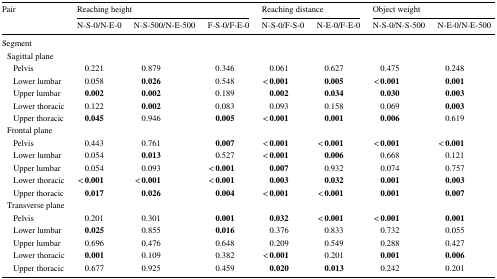
<table><thead><tr><td rowspan="2"><b>Pair</b></td><td colspan="3"><b>Reaching height</b></td><td colspan="2"><b>Reaching distance</b></td><td colspan="2"><b>Object weight</b></td></tr><tr><td><b>N-S-0/N-E-0</b></td><td><b>N-S-500/N-E-500</b></td><td><b>F-S-0/F-E-0</b></td><td><b>N-S-0/F-S-0</b></td><td><b>N-E-0/F-E-0</b></td><td><b>N-S-0/N-S-500</b></td><td><b>N-E-0/N-E-500</b></td></tr></thead><tbody><tr><td colspan="8">Segment</td></tr><tr><td colspan="8"> Sagittal plane</td></tr><tr><td>Pelvis</td><td>0.221</td><td>0.879</td><td>0.346</td><td>0.061</td><td>0.627</td><td>0.475</td><td>0.248</td></tr><tr><td>Lower lumbar</td><td>0.058</td><td><b>0.026</b></td><td>0.548</td><td>&lt; <b>0.001</b></td><td><b>0.005</b></td><td>&lt; <b>0.001</b></td><td><b>0.001</b></td></tr><tr><td>Upper lumbar</td><td><b>0.002</b></td><td><b>0.002</b></td><td>0.189</td><td><b>0.002</b></td><td><b>0.034</b></td><td><b>0.030</b></td><td><b>0.003</b></td></tr><tr><td>Lower thoracic</td><td>0.122</td><td><b>0.002</b></td><td>0.083</td><td>0.093</td><td>0.158</td><td>0.069</td><td><b>0.003</b></td></tr><tr><td>Upper thoracic</td><td><b>0.045</b></td><td>0.946</td><td><b>0.005</b></td><td>&lt; <b>0.001</b></td><td><b>0.001</b></td><td><b>0.006</b></td><td>0.619</td></tr><tr><td colspan="8"> Frontal plane</td></tr><tr><td>Pelvis</td><td>0.443</td><td>0.761</td><td><b>0.007</b></td><td>&lt; <b>0.001</b></td><td>&lt; <b>0.001</b></td><td>&lt; <b>0.001</b></td><td>&lt; <b>0.001</b></td></tr><tr><td>Lower lumbar</td><td>0.054</td><td><b>0.013</b></td><td>0.527</td><td>&lt; <b>0.001</b></td><td><b>0.006</b></td><td>0.668</td><td>0.121</td></tr><tr><td>Upper lumbar</td><td>0.054</td><td>0.093</td><td>&lt; <b>0.001</b></td><td><b>0.007</b></td><td>0.932</td><td>0.074</td><td>0.757</td></tr><tr><td>Lower thoracic</td><td>&lt; <b>0.001</b></td><td>&lt; <b>0.001</b></td><td>&lt; <b>0.001</b></td><td><b>0.003</b></td><td><b>0.032</b></td><td><b>0.001</b></td><td><b>0.003</b></td></tr><tr><td>Upper thoracic</td><td><b>0.017</b></td><td><b>0.026</b></td><td><b>0.004</b></td><td>&lt; <b>0.001</b></td><td>&lt; <b>0.001</b></td><td><b>0.001</b></td><td><b>0.007</b></td></tr><tr><td colspan="8"> Transverse plane</td></tr><tr><td>Pelvis</td><td>0.201</td><td>0.301</td><td><b>0.001</b></td><td><b>0.032</b></td><td>&lt; <b>0.001</b></td><td>&lt; <b>0.001</b></td><td><b>0.001</b></td></tr><tr><td>Lower lumbar</td><td><b>0.025</b></td><td>0.855</td><td><b>0.016</b></td><td>0.376</td><td>0.833</td><td>0.732</td><td>0.055</td></tr><tr><td>Upper lumbar</td><td>0.696</td><td>0.476</td><td>0.648</td><td>0.209</td><td>0.549</td><td>0.288</td><td>0.427</td></tr><tr><td>Lower thoracic</td><td><b>0.001</b></td><td>0.109</td><td>0.382</td><td>&lt; <b>0.001</b></td><td>0.201</td><td><b>0.001</b></td><td><b>0.006</b></td></tr><tr><td>Upper thoracic</td><td>0.677</td><td>0.925</td><td>0.459</td><td><b>0.020</b></td><td><b>0.013</b></td><td>0.242</td><td>0.201</td></tr></tbody></table>